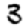
Digit: 3